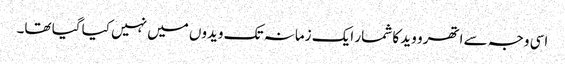
اسی وجہ سے اتھرو وید کا شمار ایک زمانہ تک ویدوں میں نہیں کیا گیا تھا۔